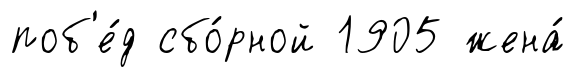
поб'е́д сбо́рной 1905 жена́